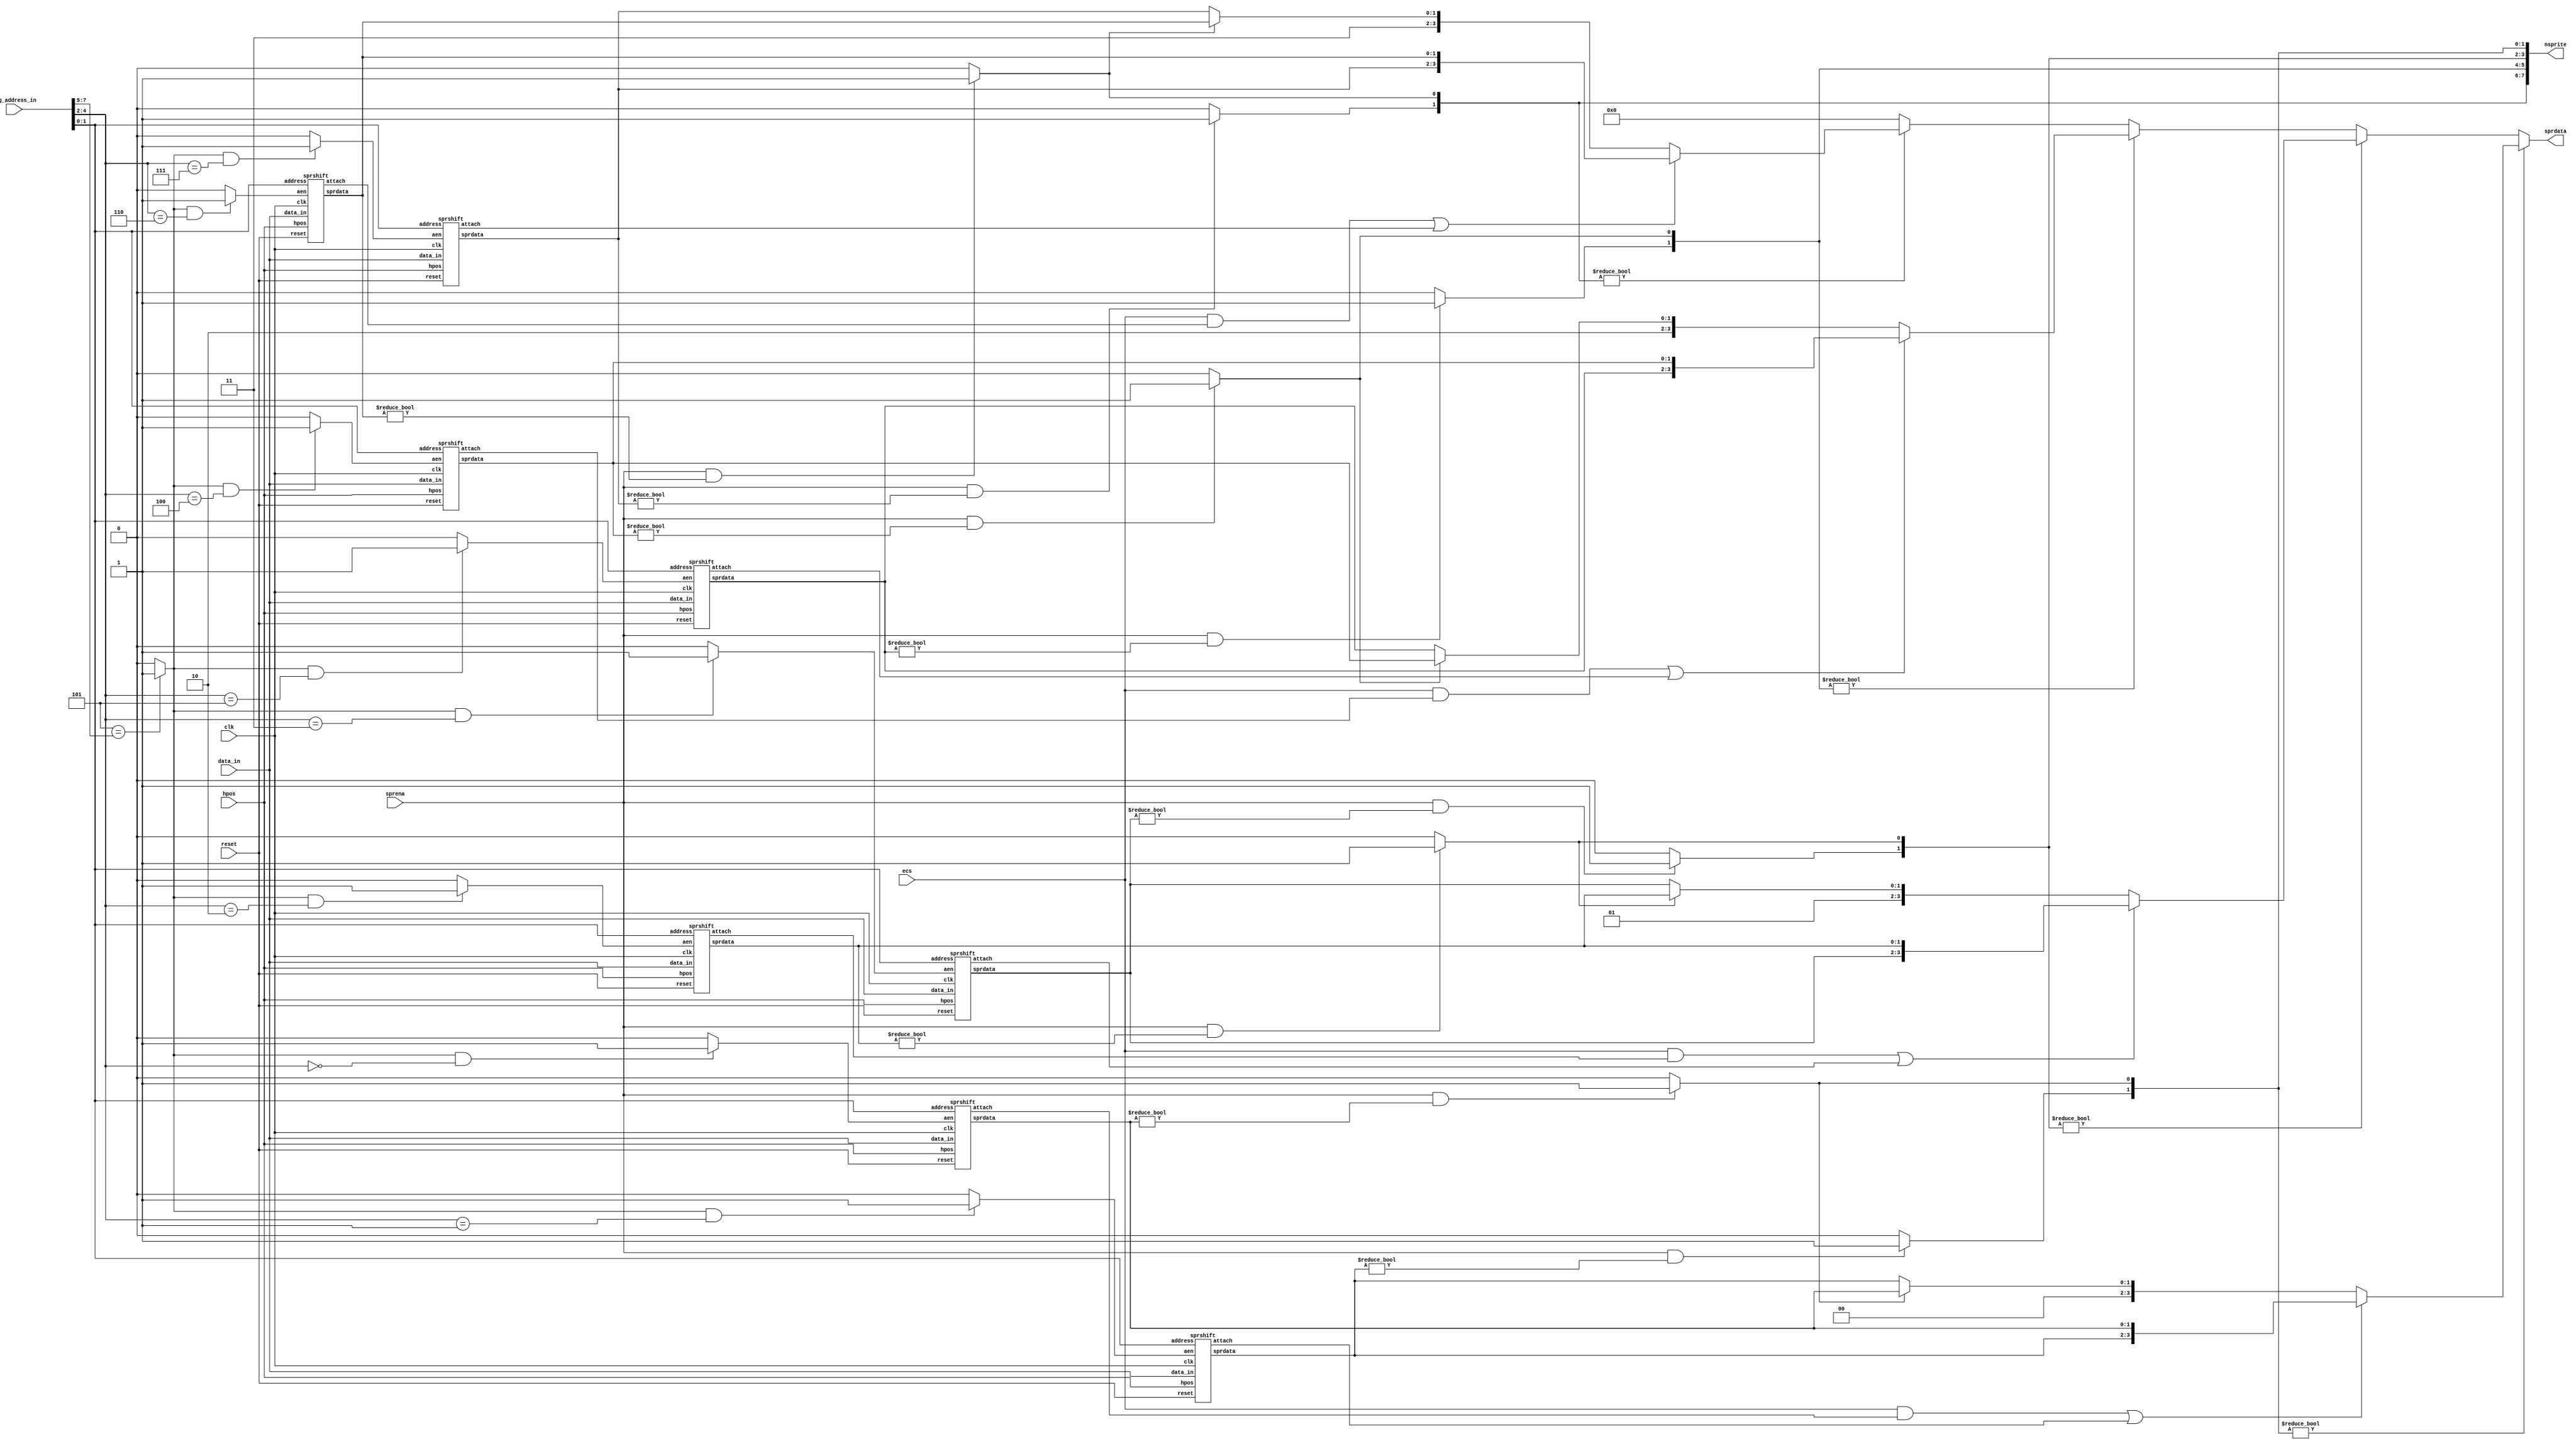
// Copyright 2006, 2007 Dennis van Weeren
//
// This file is part of Minimig
//
// Minimig is free software; you can redistribute it and/or modify
// it under the terms of the GNU General Public License as published by
// the Free Software Foundation; either version 3 of the License, or
// (at your option) any later version.
//
// Minimig is distributed in the hope that it will be useful,
// but WITHOUT ANY WARRANTY; without even the implied warranty of
// MERCHANTABILITY or FITNESS FOR A PARTICULAR PURPOSE.  See the
// GNU General Public License for more details.
//
// You should have received a copy of the GNU General Public License
// along with this program.  If not, see <http://www.gnu.org/licenses/>.
//
//
//
// This is the sprites part of denise 
// It supports all OCS sprite modes.
//
// 12-06-2005	-started coding
//				-first finished version
// 21-06-2005	-changed sprite priority logic and nsprite output
// 02-10-2005	-sprites are now attached if odd,even or both sprites SPRXCTL bit 7 is set
// 17-10-2005	-sprites were displayed one pixel too early, fixed.
// ----------
// JB:
// 2008-07-14	- swapped shifta and shiftb in serialized output (fix for Zool2: copper writes to SPRxDATx registers)
// 2009-01-26	- cleanup
//				- added sprena signal
// 2009-05-24	- clean-up & renaming
// 2010-06-17	- improved OCS sprite attach mode

module sprites
(
	input 	clk,					// bus clock	
	input 	reset,		    		// reset
	input	ecs,					// ECS chipset features
	input	[8:1] reg_address_in,	// register address input
	input	[8:0] hpos,				// horizontal beam counter
	input 	[15:0] data_in, 		// bus data in
	input	sprena,					// sprite enable signal
	output 	[7:0] nsprite,		  	// sprite data valid signals 
	output	reg [3:0] sprdata		// sprite data out
);

//register names and adresses		
parameter	SPRPOSCTLBASE = 9'h140;	//sprite data, position and control register base address

//local signals
wire		selspr0;				// select sprite 0
wire		selspr1;				// select sprite 1
wire		selspr2;				// select sprite 2
wire		selspr3;				// select sprite 3
wire		selspr4;				// select sprite 4
wire		selspr5;				// select sprite 5
wire		selspr6;				// select sprite 6
wire		selspr7;				// select sprite 7

wire		[1:0] sprdat0;			// data sprite 0
wire		[1:0] sprdat1;			// data sprite 1
wire		[1:0] sprdat2;			// data sprite 2
wire		[1:0] sprdat3;			// data sprite 3
wire		[1:0] sprdat4;			// data sprite 4
wire		[1:0] sprdat5;			// data sprite 5
wire		[1:0] sprdat6;			// data sprite 6
wire		[1:0] sprdat7;			// data sprite 7

wire		attach0;				// attach sprite 0,1
wire		attach1;				// attach sprite 0,1
wire		attach2;				// attach sprite 2,3
wire		attach3;				// attach sprite 2,3
wire		attach4;				// attach sprite 4,5
wire		attach5;				// attach sprite 4,5
wire		attach6;				// attach sprite 6,7
wire		attach7;				// attach sprite 6,7

//--------------------------------------------------------------------------------------

// sprite register address decoder
wire	selsprx;

assign selsprx = SPRPOSCTLBASE[8:6]==reg_address_in[8:6] ? 1 : 0; // base address
assign selspr0 = selsprx && reg_address_in[5:3]==0 ? 1 : 0;
assign selspr1 = selsprx && reg_address_in[5:3]==1 ? 1 : 0;
assign selspr2 = selsprx && reg_address_in[5:3]==2 ? 1 : 0;
assign selspr3 = selsprx && reg_address_in[5:3]==3 ? 1 : 0;
assign selspr4 = selsprx && reg_address_in[5:3]==4 ? 1 : 0;
assign selspr5 = selsprx && reg_address_in[5:3]==5 ? 1 : 0;
assign selspr6 = selsprx && reg_address_in[5:3]==6 ? 1 : 0;
assign selspr7 = selsprx && reg_address_in[5:3]==7 ? 1 : 0;

//--------------------------------------------------------------------------------------

// instantiate sprite 0
sprshift sps0
(
	.clk(clk),
	.reset(reset),
	.aen(selspr0),
	.address(reg_address_in[2:1]),
	.hpos(hpos),
	.data_in(data_in),
	.sprdata(sprdat0),
	.attach(attach0)
);

// instantiate sprite 1
sprshift sps1
(
	.clk(clk),
	.reset(reset),
	.aen(selspr1),
	.address(reg_address_in[2:1]),
	.hpos(hpos),
	.data_in(data_in),
	.sprdata(sprdat1),
	.attach(attach1)
);

// instantiate sprite 2
sprshift sps2
(
	.clk(clk),
	.reset(reset),
	.aen(selspr2),
	.address(reg_address_in[2:1]),
	.hpos(hpos),
	.data_in(data_in),
	.sprdata(sprdat2),
	.attach(attach2)
);

// instantiate sprite 3
sprshift sps3
(
	.clk(clk),
	.reset(reset),
	.aen(selspr3),
	.address(reg_address_in[2:1]),
	.hpos(hpos),
	.data_in(data_in),
	.sprdata(sprdat3),
	.attach(attach3)
);

// instantiate sprite 4
sprshift sps4
(
	.clk(clk),
	.reset(reset),
	.aen(selspr4),
	.address(reg_address_in[2:1]),
	.hpos(hpos),
	.data_in(data_in),
	.sprdata(sprdat4),
	.attach(attach4)
);

// instantiate sprite 5
sprshift sps5
(
	.clk(clk),
	.reset(reset),
	.aen(selspr5),
	.address(reg_address_in[2:1]),
	.hpos(hpos),
	.data_in(data_in),
	.sprdata(sprdat5),
	.attach(attach5)
);

// instantiate sprite 6
sprshift sps6
(
	.clk(clk),
	.reset(reset),
	.aen(selspr6),
	.address(reg_address_in[2:1]),
	.hpos(hpos),
	.data_in(data_in),
	.sprdata(sprdat6),
	.attach(attach6)
);

// instantiate sprite 7
sprshift sps7
(
	.clk(clk),
	.reset(reset),
	.aen(selspr7),
	.address(reg_address_in[2:1]),
	.hpos(hpos),
	.data_in(data_in),
	.sprdata(sprdat7),
	.attach(attach7)
);

//--------------------------------------------------------------------------------------

// generate sprite data valid signals
assign nsprite[0] = (sprena && sprdat0[1:0]!=2'b00) ? 1 : 0;//if any non-zero bit -> valid video data
assign nsprite[1] = (sprena && sprdat1[1:0]!=2'b00) ? 1 : 0;//if any non-zero bit -> valid video data
assign nsprite[2] = (sprena && sprdat2[1:0]!=2'b00) ? 1 : 0;//if any non-zero bit -> valid video data
assign nsprite[3] = (sprena && sprdat3[1:0]!=2'b00) ? 1 : 0;//if any non-zero bit -> valid video data
assign nsprite[4] = (sprena && sprdat4[1:0]!=2'b00) ? 1 : 0;//if any non-zero bit -> valid video data
assign nsprite[5] = (sprena && sprdat5[1:0]!=2'b00) ? 1 : 0;//if any non-zero bit -> valid video data
assign nsprite[6] = (sprena && sprdat6[1:0]!=2'b00) ? 1 : 0;//if any non-zero bit -> valid video data
assign nsprite[7] = (sprena && sprdat7[1:0]!=2'b00) ? 1 : 0;//if any non-zero bit -> valid video data

//--------------------------------------------------------------------------------------

// sprite video priority logic and color decoder
always @(attach0 or attach1 or attach2 or attach3 or
		 attach4 or attach5 or attach6 or attach7 or
		 sprdat0 or sprdat1 or sprdat2 or sprdat3 or
		 sprdat4 or sprdat5 or sprdat6 or sprdat7 or
		 nsprite or ecs)
begin
	if (nsprite[1:0]!=2'b00) // sprites 0,1 non transparant ?
	begin
		if (ecs && attach0 || attach1) // sprites are attached -> 15 colors + transparant
			sprdata[3:0] = {sprdat1[1:0],sprdat0[1:0]};
	   	else if (nsprite[0]) // output lowered number sprite
			sprdata[3:0] = {2'b00,sprdat0[1:0]};
	   	else // output higher numbered sprite
			sprdata[3:0] = {2'b00,sprdat1[1:0]};
	end
	else if (nsprite[3:2]!=2'b00) // sprites 2,3 non transparant ?
	begin
		if (ecs && attach2 || attach3) // sprites are attached -> 15 colors + transparant
			sprdata[3:0] = {sprdat3[1:0],sprdat2[1:0]};
	   	else if (nsprite[2]) // output lowered number sprite
			sprdata[3:0] = {2'b01,sprdat2[1:0]};
	   	else // output higher numbered sprite
			sprdata[3:0] = {2'b01,sprdat3[1:0]};
	end
	else if (nsprite[5:4]!=2'b00) // sprites 4,5 non transparant ?
	begin
		if (ecs && attach4 || attach5) // sprites are attached -> 15 colors + transparant
			sprdata[3:0] = {sprdat5[1:0],sprdat4[1:0]};
	   	else if (nsprite[4]) // output lowered number sprite
			sprdata[3:0] = {2'b10,sprdat4[1:0]};
	   	else // output higher numbered sprite
			sprdata[3:0] = {2'b10,sprdat5[1:0]};
	end
	else if (nsprite[7:6]!=2'b00) // sprites 6,7 non transparant ?
	begin
		if (ecs && attach6 || attach7) // sprites are attached -> 15 colors + transparant
			sprdata[3:0] = {sprdat7[1:0],sprdat6[1:0]};
	   	else if (nsprite[6]) // output lowered number sprite
			sprdata[3:0] = {2'b11,sprdat6[1:0]};
	   	else // output higher numbered sprite
			sprdata[3:0] = {2'b11,sprdat7[1:0]};
	end
	else // all sprites transparant
	begin
		sprdata[3:0] = 4'b0000;	
	end	
end

//--------------------------------------------------------------------------------------

endmodule

//--------------------------------------------------------------------------------------
//--------------------------------------------------------------------------------------

// this is the sprite parallel to serial converter
// clk is 7.09379 MHz (low resolution pixel clock)
// the sprdata assign circuitry is constructed differently from the hardware
// as described	in the amiga hardware reference manual
// this is to make sure that the horizontal start position of a sprite
// aligns with the bitplane/playfield start position
module sprshift
(
	input 	clk,					// bus clock	
	input 	reset,		    		// reset
	input	aen,					// address enable
	input	[1:0] address,		   	// register address input
	input	[8:0] hpos,				// horizontal beam counter
	input 	[15:0] data_in, 		// bus data in
	output	[1:0] sprdata,			// serialized sprite data out
	output	reg attach				// sprite is attached
);

// register names and adresses		
parameter POS  = 2'b00;  		
parameter CTL  = 2'b01;  		
parameter DATA = 2'b10;  		
parameter DATB = 2'b11;  		

// local signals
reg		[15:0] datla;		// data register A
reg		[15:0] datlb;		// data register B
reg		[15:0] shifta;		// shift register A
reg		[15:0] shiftb;		// shift register B
reg		[8:0] hstart;		// horizontal start value
reg		armed;				// sprite "armed" signal
reg		load;				// load shift register signal
reg		load_del;

//--------------------------------------------------------------------------------------

// generate armed signal
always @(posedge clk)
	if (reset) // reset disables sprite
		armed <= 0;
	else if (aen && address==CTL) // writing CTL register disables sprite
		armed <= 0;
	else if (aen && address==DATA) // writing data register A arms sprite
		armed <= 1;

//--------------------------------------------------------------------------------------

// generate load signal
always @(posedge clk)
	load <= armed && hpos[8:0]==hstart[8:0] ? 1 : 0;

always @(posedge clk)
	load_del <= load;

//--------------------------------------------------------------------------------------

// POS register
always @(posedge clk)
	if (aen && address==POS)
		hstart[8:1] <= data_in[7:0];

// CTL register
always @(posedge clk)
	if (aen && address==CTL)
		{attach,hstart[0]} <= {data_in[7],data_in[0]};

// data register A
always @(posedge clk)
	if (aen && address==DATA)
		datla[15:0] <= data_in[15:0];

// data register B
always @(posedge clk)
	if (aen && address==DATB)
		datlb[15:0] <= data_in[15:0];

//--------------------------------------------------------------------------------------

// sprite shift register
always @(posedge clk)
	if (load_del) // load new data into shift register
	begin
		shifta[15:0] <= datla[15:0];
		shiftb[15:0] <= datlb[15:0];
	end
	else // shift out data
	begin
		shifta[15:0] <= {shifta[14:0],1'b0};
		shiftb[15:0] <= {shiftb[14:0],1'b0};
	end

// assign serialized output data
assign sprdata[1:0] = {shiftb[15],shifta[15]};

//--------------------------------------------------------------------------------------

endmodule